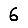
Digit: 6